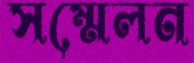
সম্মেলন